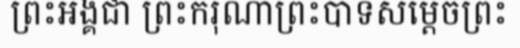
ព្រះអង្គជា ព្រះករុណាព្រះបាទសម្តេចព្រះ